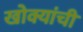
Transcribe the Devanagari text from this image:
खोक्यांची